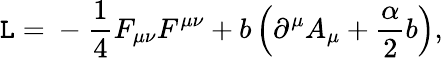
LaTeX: \mathtt{L}=\mathrm{{}}-\frac{{1}}{{4}}F_{\mu\nu}F^{\mu\nu}+b\left(\partial^{\mu}A_{\mu}+\frac{{\alpha}}{{2}}b\right),